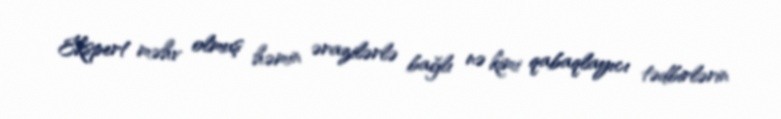
Ekspert məhv olmuş həmin ərazilərlə bağlı nə kimi qabaqlayıcı tədbirlərin